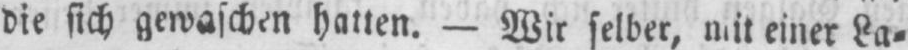
hatten. - Wir selber, mit einer La⸗